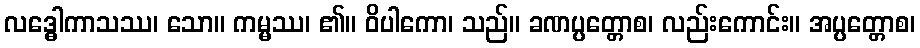
လဒ္ဓေါကာသဿ၊ သော။ ကမ္မဿ၊ ၏။ ဝိပါကော၊ သည်။ ခဏပ္ပတ္တောစ၊ လည်းကောင်း။ အပ္ပတ္တောစ၊